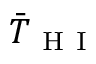
\bar { T } _ { \mathrm { ~ H ~ I ~ } }